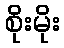
စိုးမိုး